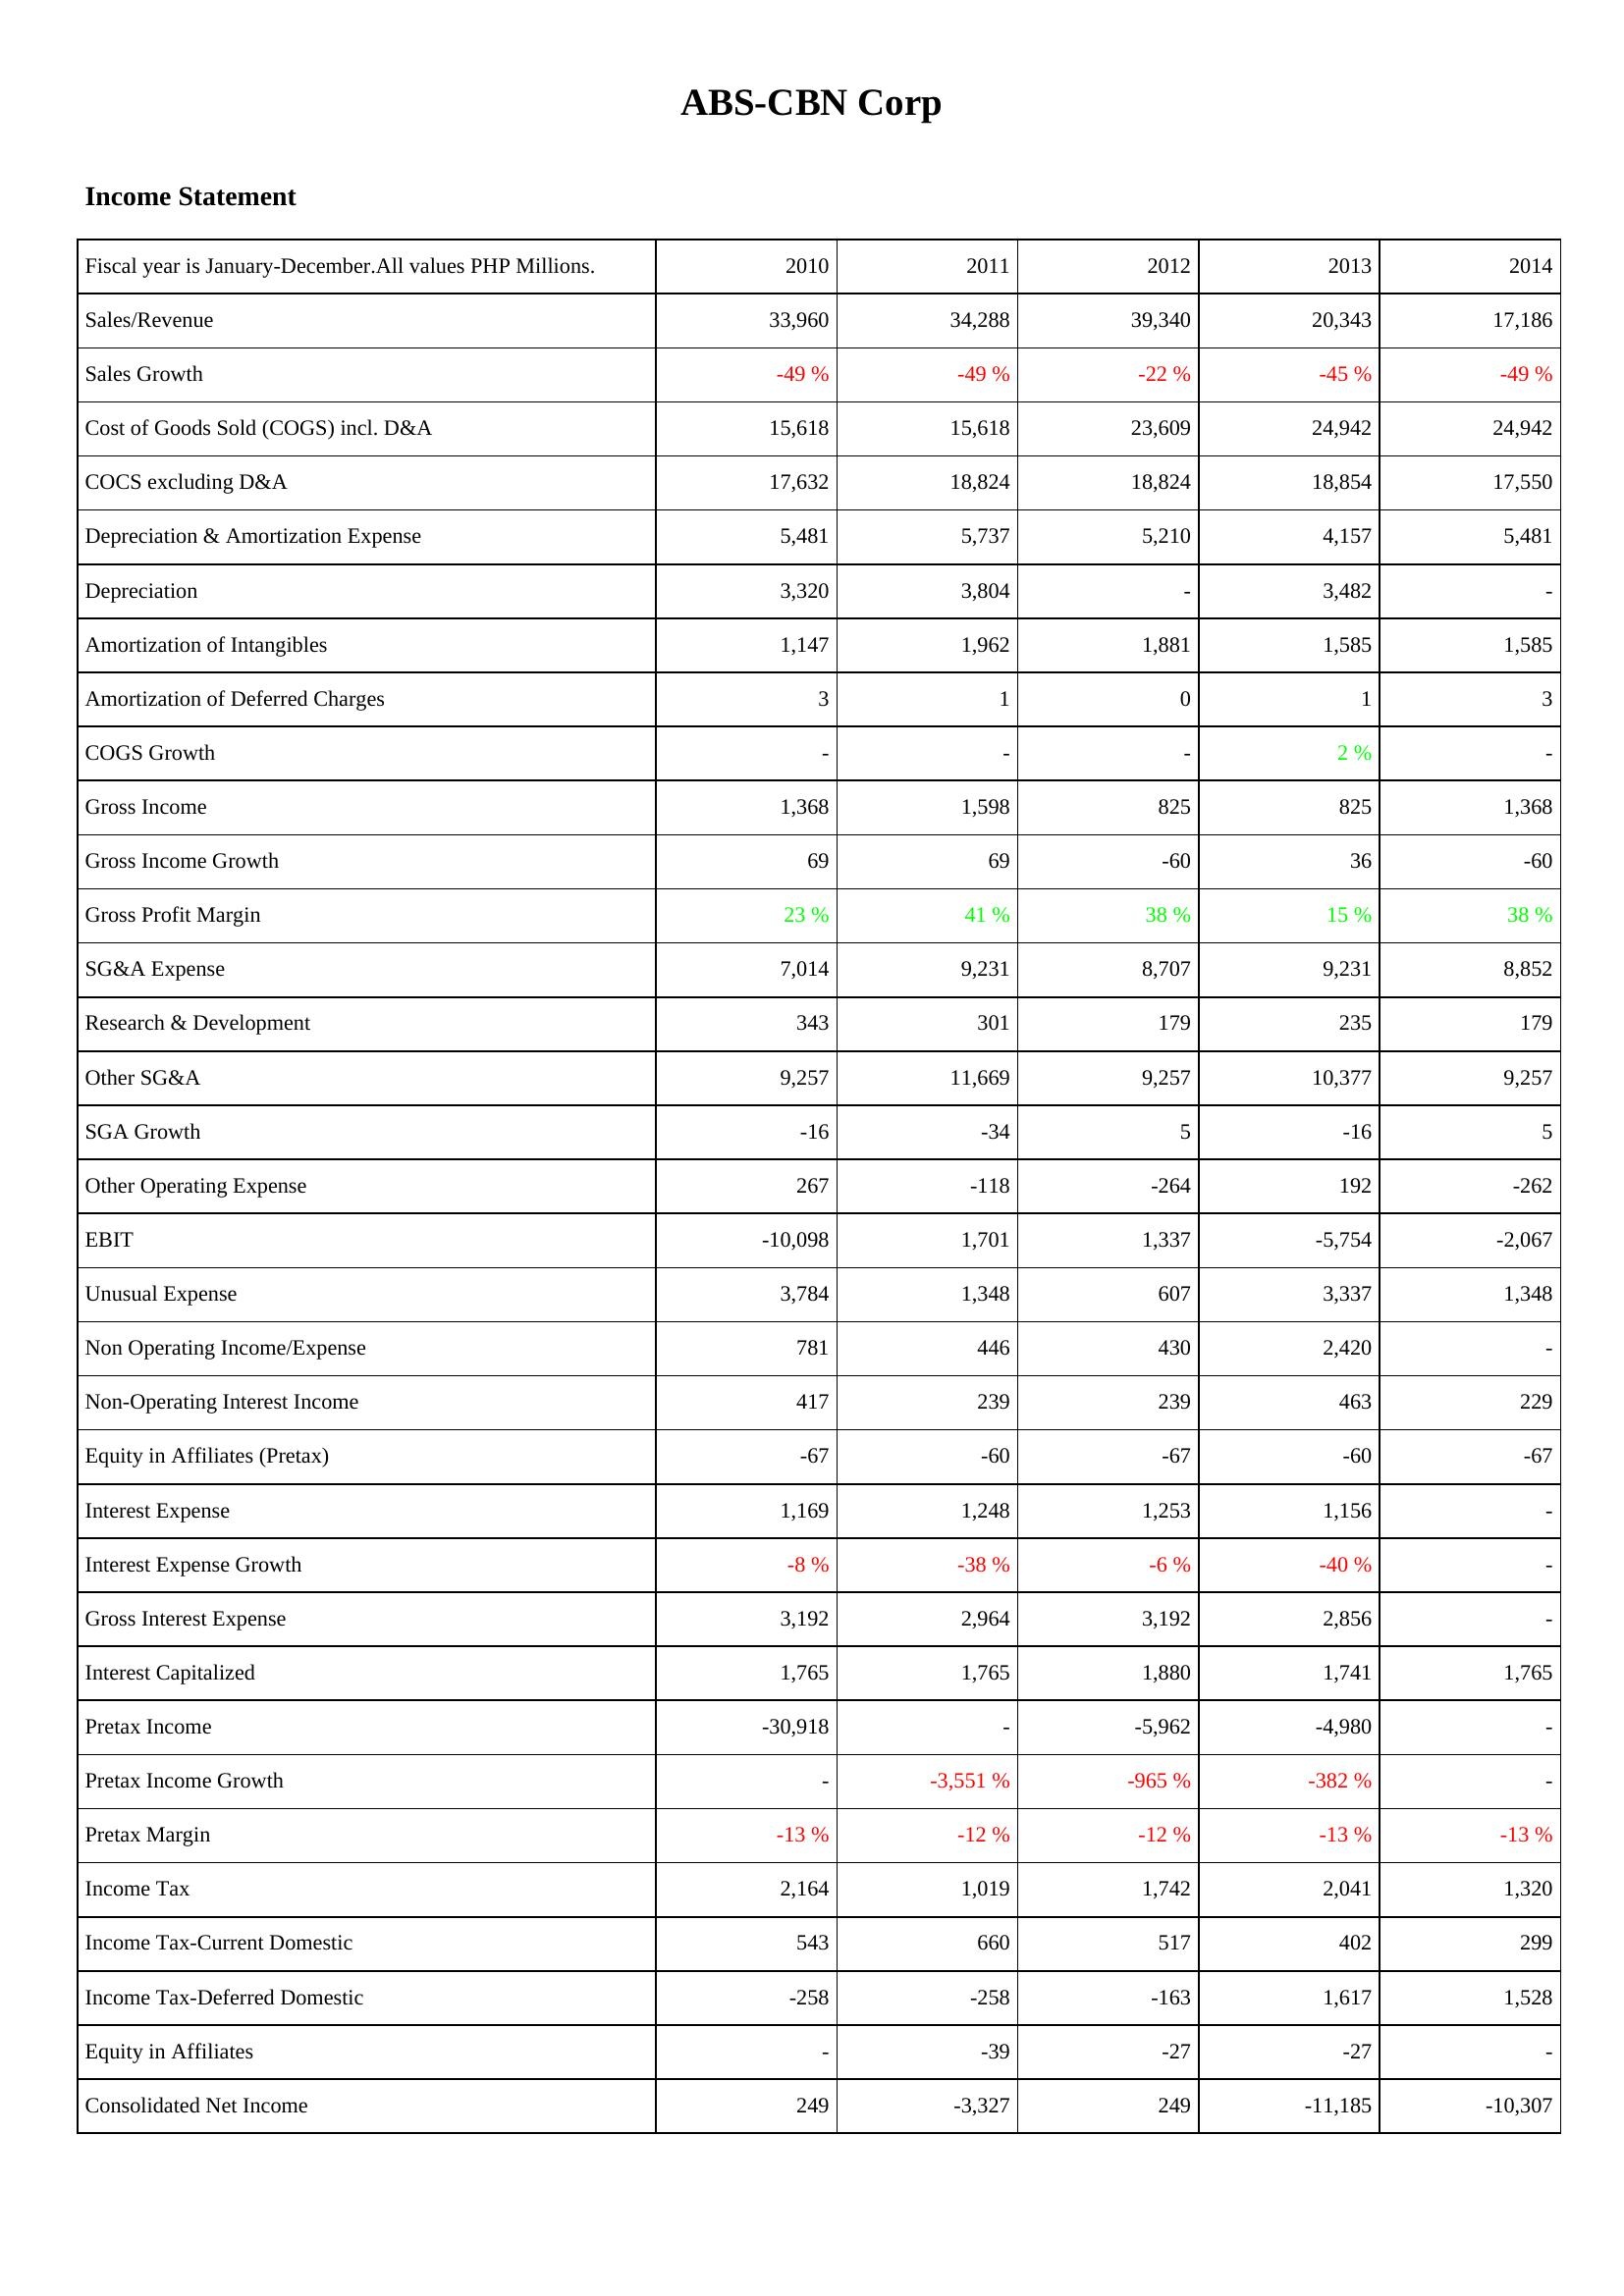
2010: Income Statement: Sales/Revenue: 33,960
Sales Growth: -49 %
Cost of Goods Sold (COGS) incl. D&A: 15,618
COCS excluding D&A: 17,632
Depreciation & Amortization Expense: 5,481
Depreciation: 3,320
Amortization of Intangibles: 1,147
Amortization of Deferred Charges: 3
COGS Growth: -
Gross Income: 1,368
Gross Income Growth: 69
Gross Profit Margin: 23 %
SG&A Expense: 7,014
Research & Development: 343
Other SG&A: 9,257
SGA Growth: -16
Other Operating Expense: 267
EBIT: -10,098
Unusual Expense: 3,784
Non Operating Income/Expense: 781
Non-Operating Interest Income: 417
Equity in Affiliates (Pretax): -67
Interest Expense: 1,169
Interest Expense Growth: -8 %
Gross Interest Expense: 3,192
Interest Capitalized: 1,765
Pretax Income: -30,918
Pretax Income Growth: -
Pretax Margin: -13 %
Income Tax: 2,164
Income Tax-Current Domestic: 543
Income Tax-Deferred Domestic: -258
Equity in Affiliates: -
Consolidated Net Income: 249
2011: Income Statement: Sales/Revenue: 34,288
Sales Growth: -49 %
Cost of Goods Sold (COGS) incl. D&A: 15,618
COCS excluding D&A: 18,824
Depreciation & Amortization Expense: 5,737
Depreciation: 3,804
Amortization of Intangibles: 1,962
Amortization of Deferred Charges: 1
COGS Growth: -
Gross Income: 1,598
Gross Income Growth: 69
Gross Profit Margin: 41 %
SG&A Expense: 9,231
Research & Development: 301
Other SG&A: 11,669
SGA Growth: -34
Other Operating Expense: -118
EBIT: 1,701
Unusual Expense: 1,348
Non Operating Income/Expense: 446
Non-Operating Interest Income: 239
Equity in Affiliates (Pretax): -60
Interest Expense: 1,248
Interest Expense Growth: -38 %
Gross Interest Expense: 2,964
Interest Capitalized: 1,765
Pretax Income: -
Pretax Income Growth: -3,551 %
Pretax Margin: -12 %
Income Tax: 1,019
Income Tax-Current Domestic: 660
Income Tax-Deferred Domestic: -258
Equity in Affiliates: -39
Consolidated Net Income: -3,327
2012: Income Statement: Sales/Revenue: 39,340
Sales Growth: -22 %
Cost of Goods Sold (COGS) incl. D&A: 23,609
COCS excluding D&A: 18,824
Depreciation & Amortization Expense: 5,210
Depreciation: -
Amortization of Intangibles: 1,881
Amortization of Deferred Charges: 0
COGS Growth: -
Gross Income: 825
Gross Income Growth: -60
Gross Profit Margin: 38 %
SG&A Expense: 8,707
Research & Development: 179
Other SG&A: 9,257
SGA Growth: 5
Other Operating Expense: -264
EBIT: 1,337
Unusual Expense: 607
Non Operating Income/Expense: 430
Non-Operating Interest Income: 239
Equity in Affiliates (Pretax): -67
Interest Expense: 1,253
Interest Expense Growth: -6 %
Gross Interest Expense: 3,192
Interest Capitalized: 1,880
Pretax Income: -5,962
Pretax Income Growth: -965 %
Pretax Margin: -12 %
Income Tax: 1,742
Income Tax-Current Domestic: 517
Income Tax-Deferred Domestic: -163
Equity in Affiliates: -27
Consolidated Net Income: 249
2013: Income Statement: Sales/Revenue: 20,343
Sales Growth: -45 %
Cost of Goods Sold (COGS) incl. D&A: 24,942
COCS excluding D&A: 18,854
Depreciation & Amortization Expense: 4,157
Depreciation: 3,482
Amortization of Intangibles: 1,585
Amortization of Deferred Charges: 1
COGS Growth: 2 %
Gross Income: 825
Gross Income Growth: 36
Gross Profit Margin: 15 %
SG&A Expense: 9,231
Research & Development: 235
Other SG&A: 10,377
SGA Growth: -16
Other Operating Expense: 192
EBIT: -5,754
Unusual Expense: 3,337
Non Operating Income/Expense: 2,420
Non-Operating Interest Income: 463
Equity in Affiliates (Pretax): -60
Interest Expense: 1,156
Interest Expense Growth: -40 %
Gross Interest Expense: 2,856
Interest Capitalized: 1,741
Pretax Income: -4,980
Pretax Income Growth: -382 %
Pretax Margin: -13 %
Income Tax: 2,041
Income Tax-Current Domestic: 402
Income Tax-Deferred Domestic: 1,617
Equity in Affiliates: -27
Consolidated Net Income: -11,185
2014: Income Statement: Sales/Revenue: 17,186
Sales Growth: -49 %
Cost of Goods Sold (COGS) incl. D&A: 24,942
COCS excluding D&A: 17,550
Depreciation & Amortization Expense: 5,481
Depreciation: -
Amortization of Intangibles: 1,585
Amortization of Deferred Charges: 3
COGS Growth: -
Gross Income: 1,368
Gross Income Growth: -60
Gross Profit Margin: 38 %
SG&A Expense: 8,852
Research & Development: 179
Other SG&A: 9,257
SGA Growth: 5
Other Operating Expense: -262
EBIT: -2,067
Unusual Expense: 1,348
Non Operating Income/Expense: -
Non-Operating Interest Income: 229
Equity in Affiliates (Pretax): -67
Interest Expense: -
Interest Expense Growth: -
Gross Interest Expense: -
Interest Capitalized: 1,765
Pretax Income: -
Pretax Income Growth: -
Pretax Margin: -13 %
Income Tax: 1,320
Income Tax-Current Domestic: 299
Income Tax-Deferred Domestic: 1,528
Equity in Affiliates: -
Consolidated Net Income: -10,307